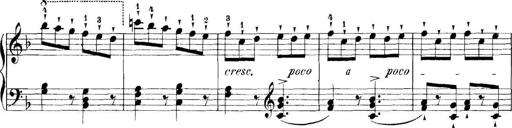
Title: 11 Sonatinas
Composer: Anton Diabelli